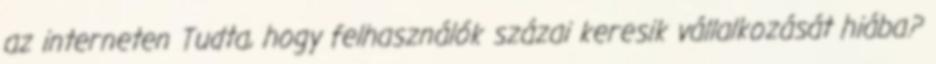
az interneten Tudta, hogy felhasználók százai keresik vállalkozását hiába?